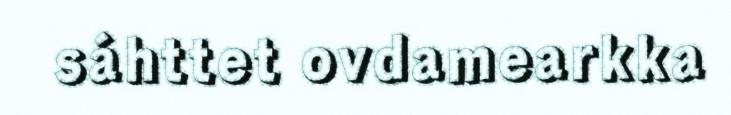
sáhttet ovdamearkka